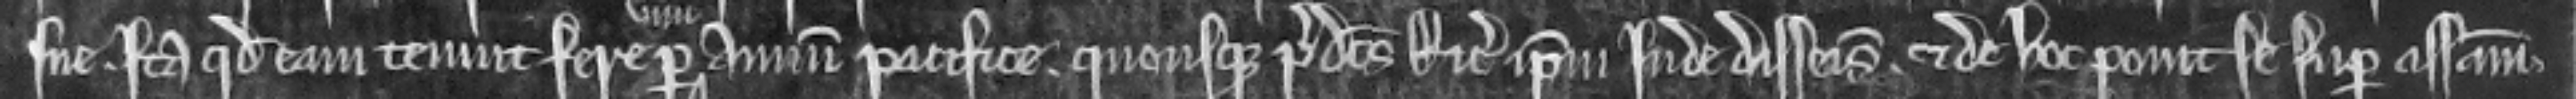
sue ita quod eam tenuit fere per annum pacifice quousque predictus Ricardus ipsum inde disseisivit et de hoc ponit se super assisam.